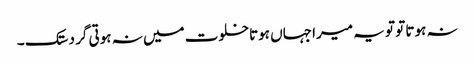
نہ ہوتا تو تو یہ میرا جہاں ہوتاخلوت میں نہ ہوتی گر دستک ۔